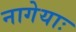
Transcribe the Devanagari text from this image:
नागेयाः